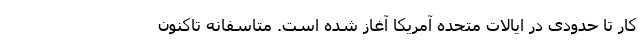
کار تا حدودی در ایالات متحده آمریکا آغاز شده است. متاسفانه تاکنون